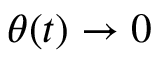
\theta ( t ) \rightarrow 0